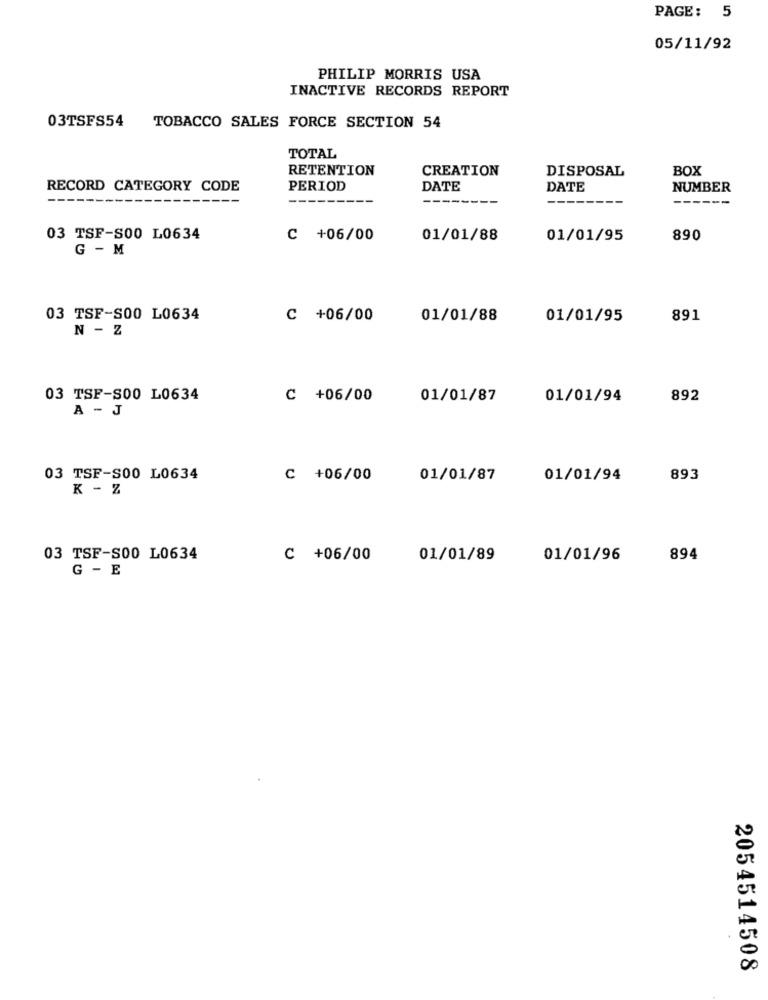
PAGE: 5
05/11/92
PHILIP MORRIS USA
INACTIVE RECORDS REPORT
TOBACCO SALES FORCE SECTION 54
03TSFS54
TOTAL
RETENTION
CREATION
DISPOSAL
BOX
RECORD CATEGORY CODE
PERIOD
DATE
DATE
NUMBER
----
03 TSF-S00 L0634
C +06/00
01/01/88
01/01/95
890
G - M
03 TSF-S00 L0634
C +06/00
01/01/88
01/01/95
891
N - Z
03 TSF-S00 L0634
C +06/00
01/01/87
01/01/94
892
A - J
03 TSF-S00 L0634
C +06/00
01/01/87
01/01/94
893
K - Z
03 TSF-S00 L0634
C +06/00
01/01/89
01/01/96
894
G - E
2054514508